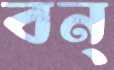
বন্